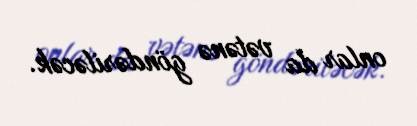
onlar da vətənə göndəriləcək.